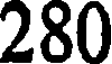
280